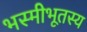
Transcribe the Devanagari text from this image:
भस्मीभूतस्य